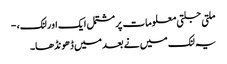
ملتی جلتی معلومات پر مشتمل ایک اور لنک، -
یہ لنک میں نے بعد میں ڈھونڈھا۔